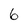
Character: 6